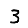
Digit: 3